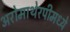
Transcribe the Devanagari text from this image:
अरोमाथेरपीमध्ये